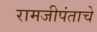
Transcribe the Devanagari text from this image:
रामजीपंताचे